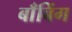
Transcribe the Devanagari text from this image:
बाँबिंग